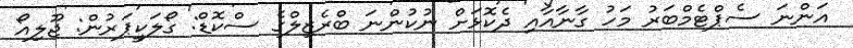
އަންނަ ސެޕްޓެމްބަރު މަހު ގާނާއާއި ދެކޮޅަށް ނުކުންނަ ބްރެޒިލްގެ ސްކޮޑް: ގޯލަކީޕަރުން: ޖޫލިއޯ